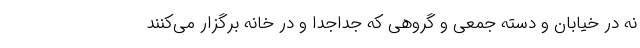
نه در خیابان و دسته جمعی و گروهی که جداجدا و در خانه برگزار می‌کنند